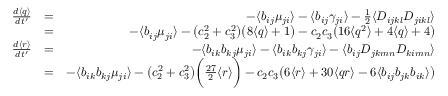
\begin{array} { r l r } { \frac { d \langle q \rangle } { d t ^ { \prime } } } & { = } & { - \langle b _ { i j } \mu _ { j i } \rangle - \langle b _ { i j } \gamma _ { j i } \rangle - \frac { 1 } { 2 } \langle D _ { i j k l } D _ { j i k l } \rangle } \\ & { = } & { - \langle b _ { i j } \mu _ { j i } \rangle - \big ( c _ { 2 } ^ { 2 } + c _ { 3 } ^ { 2 } \big ) \big ( 8 \langle q \rangle + 1 \big ) - c _ { 2 } c _ { 3 } \big ( 1 6 \langle q ^ { 2 } \rangle + 4 \langle q \rangle + 4 \big ) } \\ { \frac { d \langle r \rangle } { d t ^ { \prime } } } & { = } & { - \langle b _ { i k } b _ { k j } \mu _ { j i } \rangle - \langle b _ { i k } b _ { k j } \gamma _ { j i } \rangle - \langle b _ { i j } D _ { j k m n } D _ { k i m n } \rangle } \\ & { = } & { - \langle b _ { i k } b _ { k j } \mu _ { j i } \rangle - \big ( c _ { 2 } ^ { 2 } + c _ { 3 } ^ { 2 } \big ) \bigg ( \frac { 2 7 } { 2 } \langle r \rangle \bigg ) - c _ { 2 } c _ { 3 } \big ( 6 \langle r \rangle + 3 0 \langle q r \rangle - 6 \langle b _ { i j } b _ { j k } b _ { i k } \rangle \big ) } \end{array}